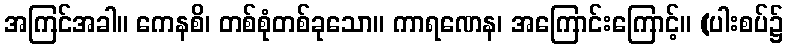
အကြင်အခါ။ ကေနစိ၊ တစ်စုံတစ်ခုသော။ ကာရဏေန၊ အကြောင်းကြောင့်။ (ပါးစပ်၌